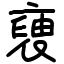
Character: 褏